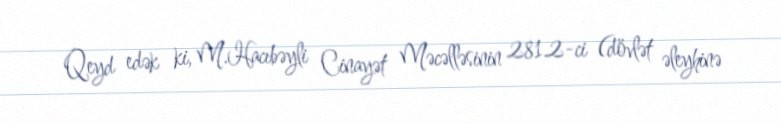
Qeyd edək ki, M.Hacıbəyli Cinayət Məcəlləsinin 281.2-ci (dövlət əleyhinə